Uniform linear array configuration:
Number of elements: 12
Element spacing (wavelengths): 0.25
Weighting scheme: binomial
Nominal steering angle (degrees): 15
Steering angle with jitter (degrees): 14.231
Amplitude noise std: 0.05
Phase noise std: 0.05

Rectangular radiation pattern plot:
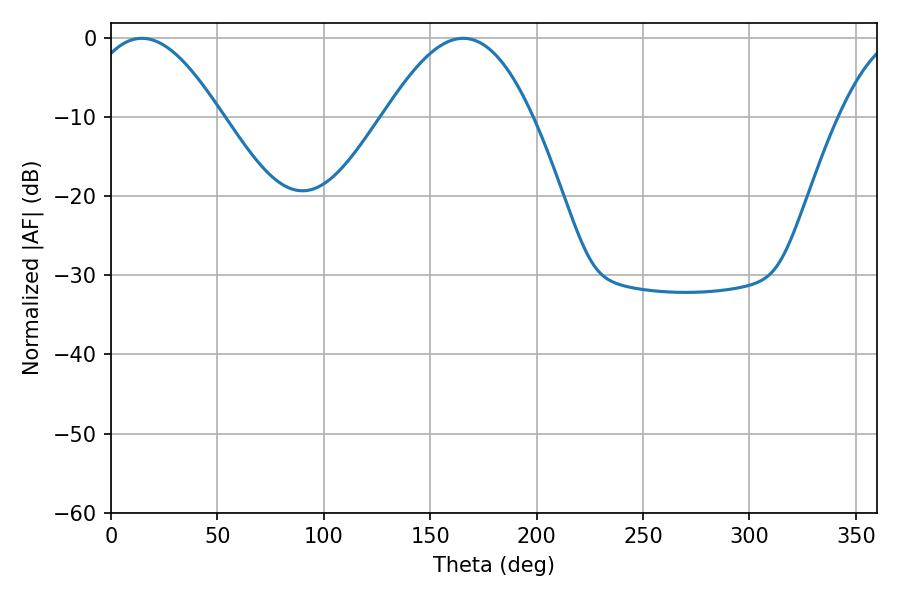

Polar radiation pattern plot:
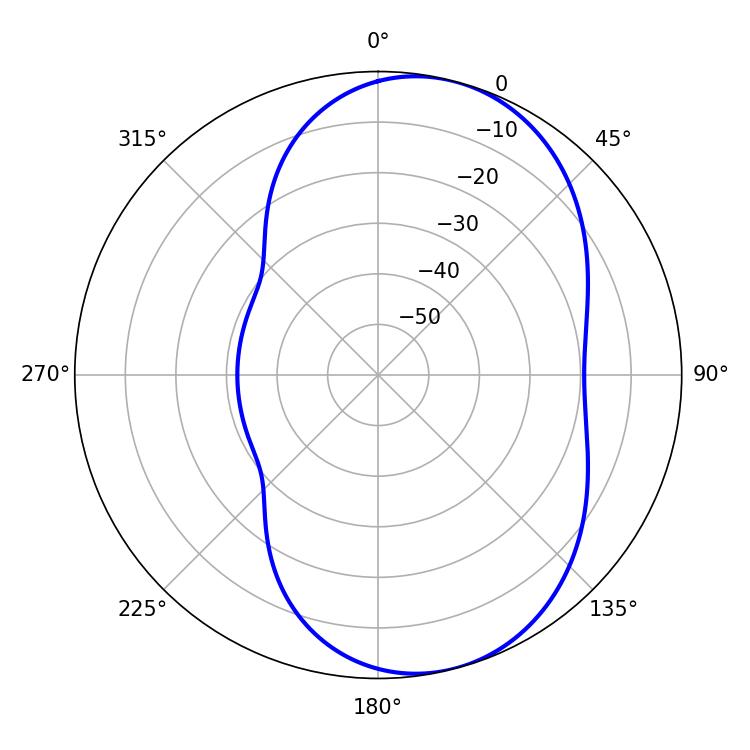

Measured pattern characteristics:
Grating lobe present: FALSE
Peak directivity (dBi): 7.024
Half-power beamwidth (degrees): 34.2
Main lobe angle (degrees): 14.58